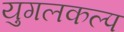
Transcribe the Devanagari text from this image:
युगलकल्प